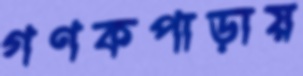
গণকপাড়ায়